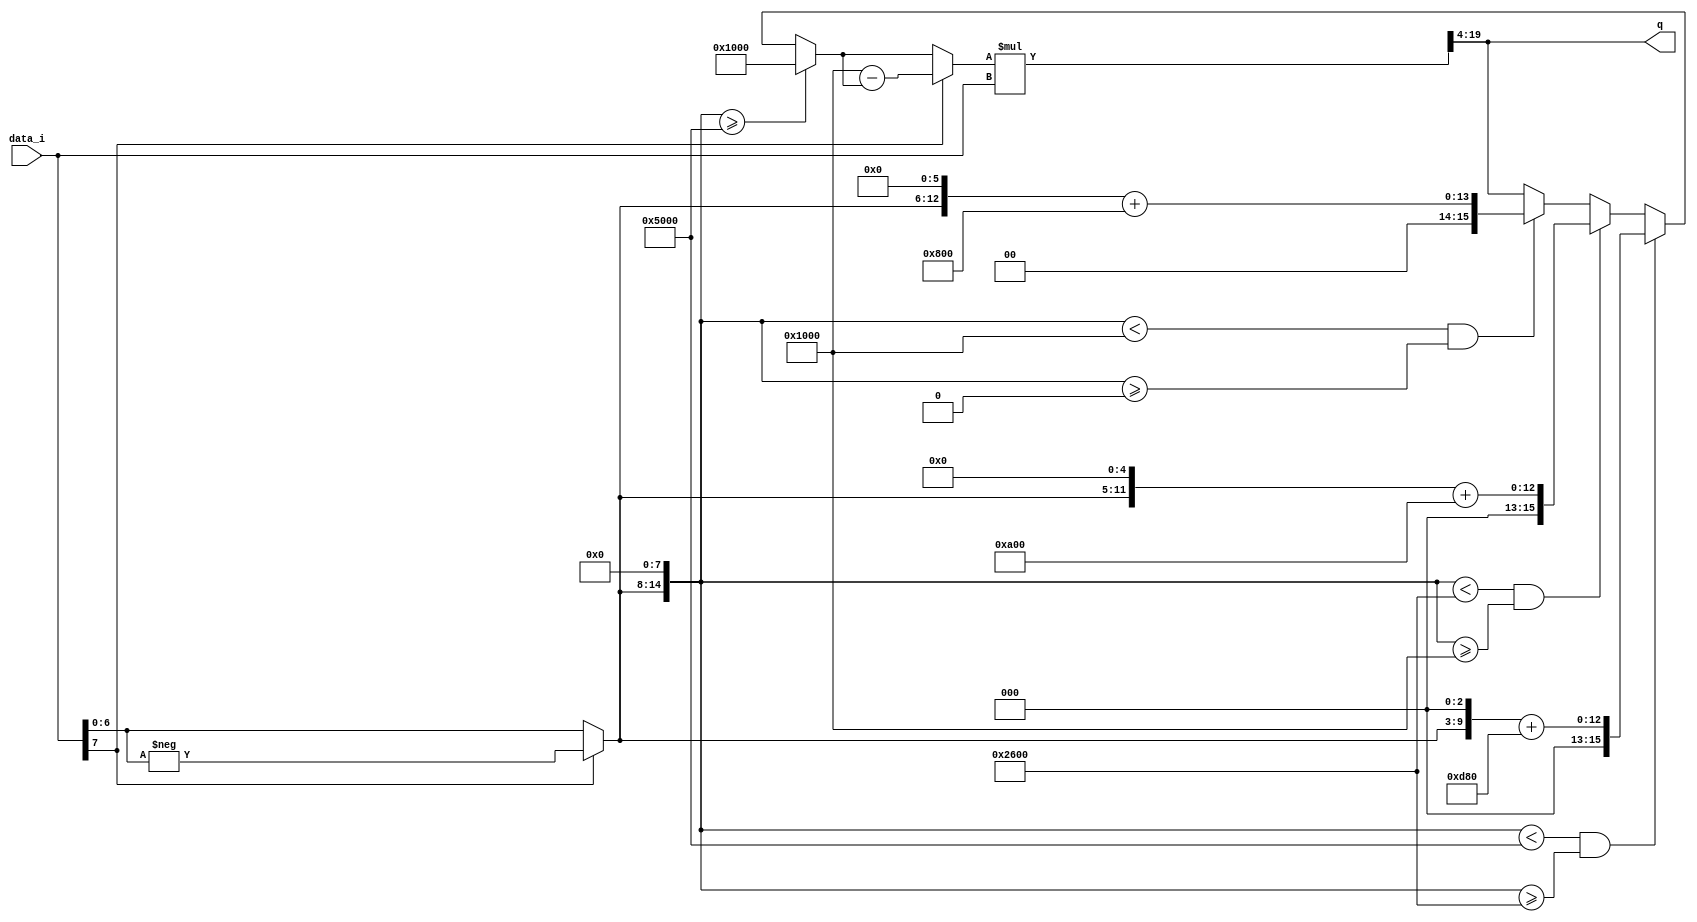
module SiLU_adv(
    input wire signed [7:0] data_i,
    output reg signed [15:0] q
);
reg signed [15:0] temp;
reg signed[23:0] res;
reg signed [7:0] mid;
always @(*)
begin
    //temp: to extend the dot bit.
    temp = 0;
    if(data_i[7]==1'b1)
        begin
            mid=-data_i;
            temp[14:8] = mid[6:0];
        end
    else
        begin
            temp[14:8] = data_i[6:0];
        end
    //Temp try.
    if(temp>=16'b0101_0000_0000_0000)
        begin
            q=16'b0001_0000_0000_0000;
        end
    else if(temp<16'b0101_0000_0000_0000 && temp>=16'b0010_0110_0000_0000)
        begin
            q=(temp>>5)+16'b0000_1101_1000_0000;
        end
    else if(temp<16'b0010_0110_0000_0000 && temp>=16'b0001_0000_0000_0000)
        begin
            q=(temp>>3)+16'b0000_1010_0000_0000;
        end
    else if(temp<16'b0001_0000_0000_0000 && temp>=16'b0000_0000_0000_0000)
        begin
            q=(temp>>2)+16'b0000_1000_0000_0000;
        end
    if(data_i[7]==1'b1)
        begin
            q=16'b0001_000000000000-q;
        end
    res=q*data_i;
    q=res[19:4];
end
endmodule